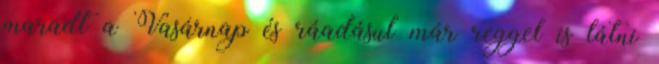
maradt a Vasárnap és ráadásul már reggel is látni